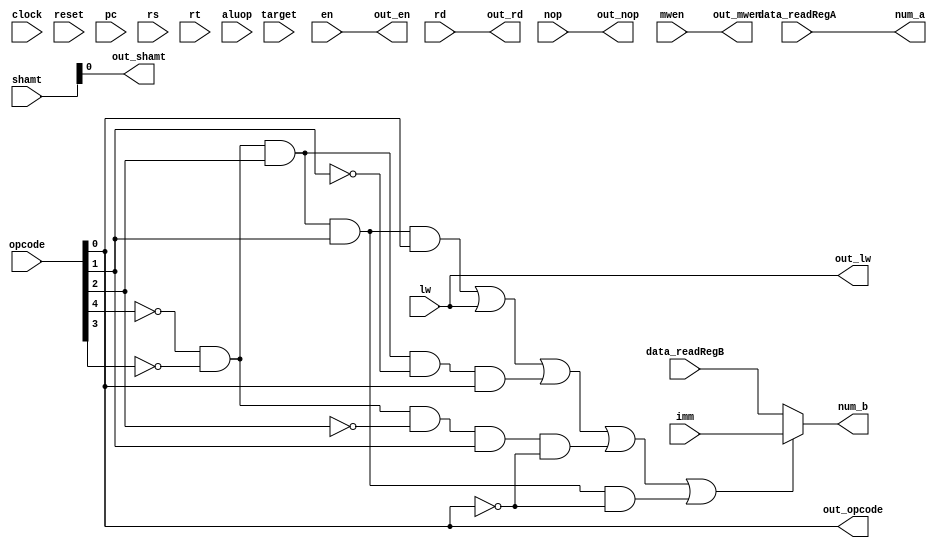
module decode(


clock, reset,

pc, 

nop,


opcode,

en,mwen,

lw,



//r_type, i_type, ji_type, jii_type,

rd,rs,rt,target, imm, shamt, aluop,


data_readRegA, data_readRegB,




num_a, num_b,

//out_pc, 
out_nop, out_opcode, out_rd,out_shamt,

out_en, out_mwen,

out_lw

);




output out_shamt; assign out_shamt = shamt;




input lw;
output out_lw; 
assign out_lw = lw;


input en,mwen;



input clock, reset;

input [11:0] pc;

input nop;



input [4:0] rd,rs,rt, shamt, aluop, opcode;
input [31:0] imm;

input[11:0] target;

input [31:0] data_readRegA, data_readRegB;





//output[11:0] out_pc;  assign out_pc = pc;
output out_nop;  assign out_nop = nop;
output out_opcode;  assign out_opcode = opcode;



output [31:0] num_a, num_b;

output [4:0] out_rd; assign out_rd = rd;




//wire [31:0]immediate;
//
//
//assign immediate[31:17] = imm[16]? 15'b1: 15'b0 ;
//
//assign immediate[16:0] = imm;



assign num_a= data_readRegA;

wire i_type, sw,  ai,bne, blt;
assign sw = (~opcode[4]) & (~opcode[3]) & opcode[2] & opcode[1] & opcode[0];
//assign llw = (~opcode[4]) & opcode[3] & (~opcode[2]) & (~opcode[1]) & (~opcode[0]);
assign ai = (~opcode[4]) & (~opcode[3]) & opcode[2] & (~opcode[1]) & opcode[0];
assign bne = (~opcode[4]) & (~opcode[3])& (~opcode[2])& opcode[1]  & (~opcode[0]);
assign blt = (~opcode[4]) & (~opcode[3]) & opcode[2] & opcode[1] & (~opcode[0]);

assign i_type = sw | lw | ai | bne | blt;

assign num_b= i_type? imm : data_readRegB;


output out_en, out_mwen; 

assign out_en = en; assign out_mwen = mwen;

// immediate+ rs

// rd!=rs    and    rd<rs





endmodule